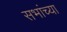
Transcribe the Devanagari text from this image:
सभांच्या